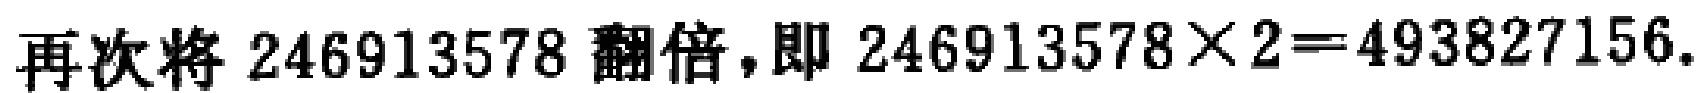
再次将 \(246913578\) 翻倍，即 \(246913578\times 2 = 493827156\).